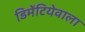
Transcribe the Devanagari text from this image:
डिमेंटियेवाला